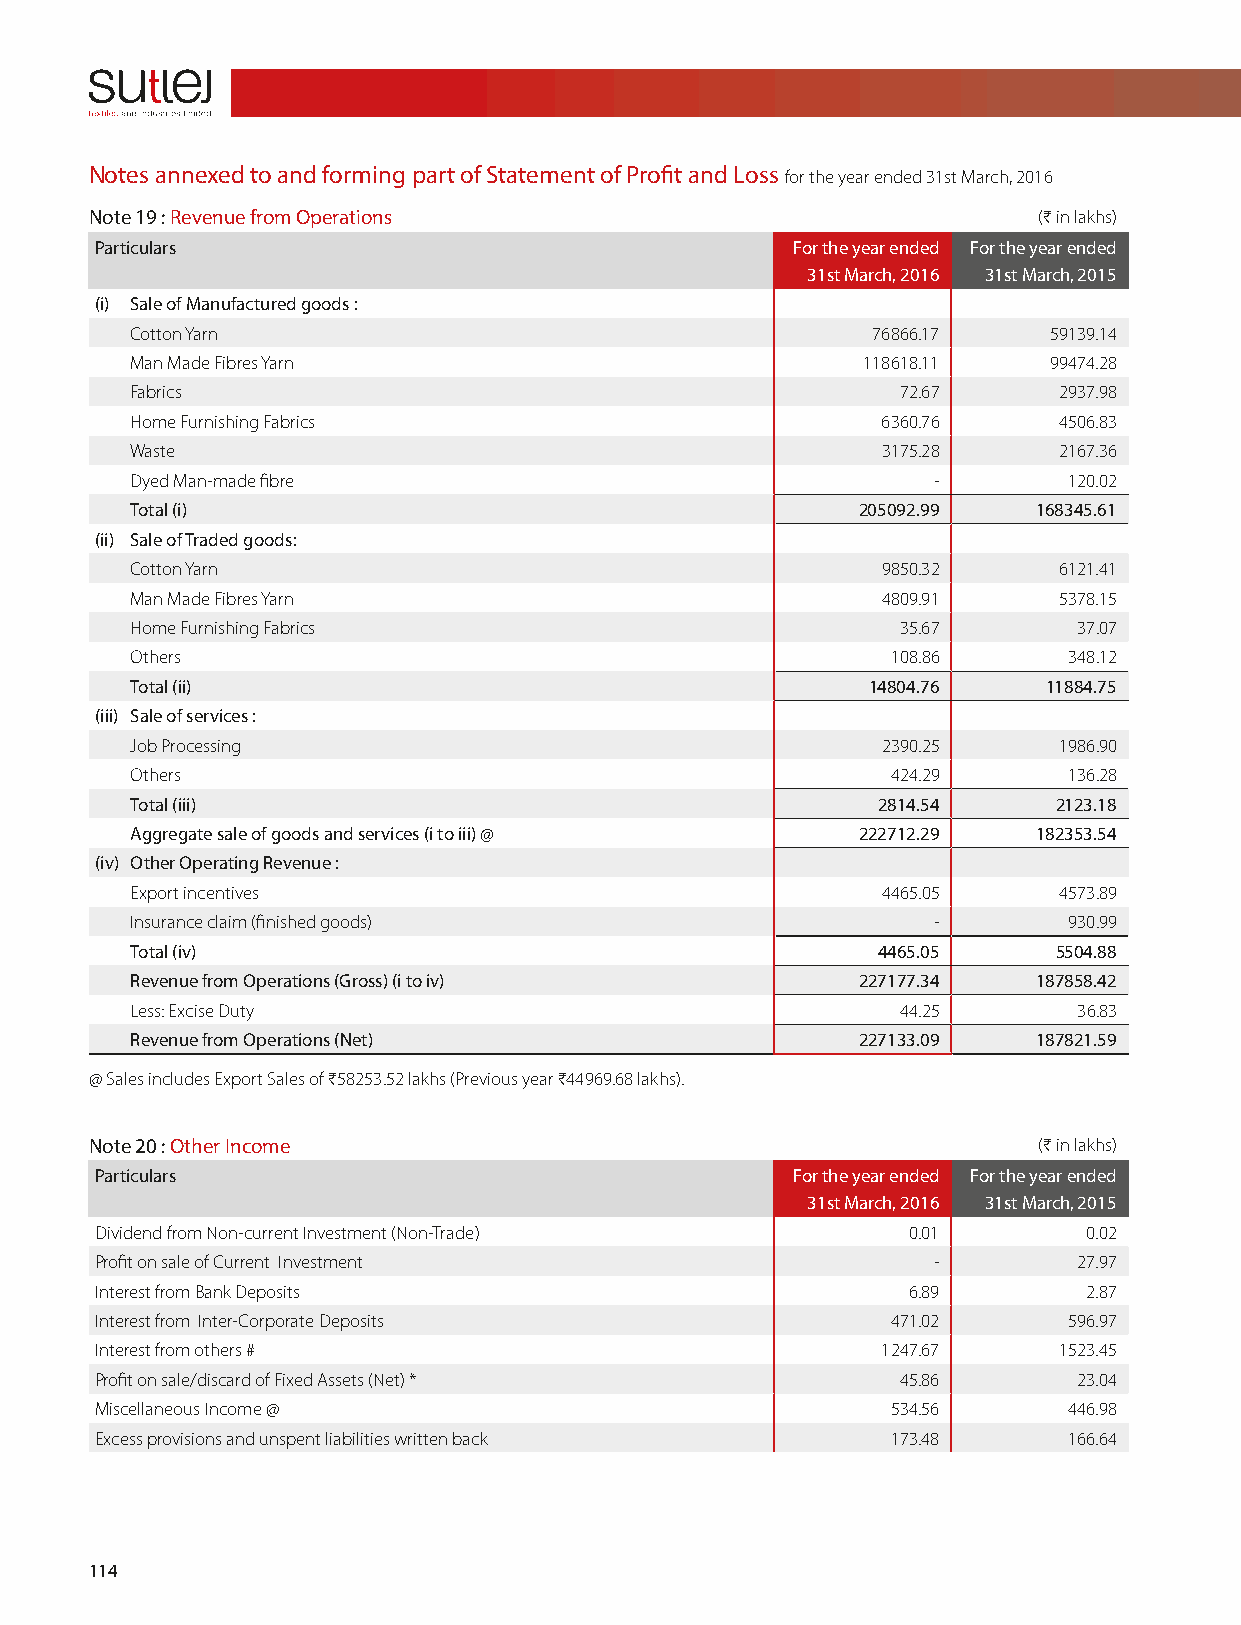
Notes annexed to and forming part of Statement of Profit and Loss for the year ended 31st March, 2016
 Note 19 : Revenue from Operations                              (H in lakhs)
 Particulars                                   For the year ended For the year ended
 31st March, 2016 31st March, 2015
 (i) Sale of Manufactured goods :
 Cotton Yarn                                      76866.17   59139.14
 Man Made Fibres Yarn                            118618.11   99474.28
 Fabrics                                            72.67     2937.98
 Home Furnishing Fabrics                          6360.76     4506.83
 Waste                                            3175.28     2167.36
 Dyed Man-made fibre                                  -        120.02
 Total (i)                                       205092.99   168345.61
 (ii) Sale of Traded goods:
 Cotton Yarn                                      9850.32     6121.41
 Man Made Fibres Yarn                             4809.91     5378.15
 Home Furnishing Fabrics                            35.67      37.07
 Others                                            108.86      348.12
 Total (ii)                                      14804.76    11884.75
 (iii) Sale of services :
 Job Processing                                   2390.25     1986.90
 Others                                            424.29      136.28
 Total (iii)                                      2814.54     2123.18
 Aggregate sale of goods and services (i to iii) @ 222712.29 182353.54
 (iv) Other Operating Revenue :
 Export incentives                                4465.05     4573.89
 Insurance claim (finished goods)                     -        930.99
 Total (iv)                                       4465.05     5504.88
 Revenue from Operations (Gross) (i to iv)       227177.34   187858.42
 Less: Excise Duty                                  44.25      36.83
 Revenue from Operations (Net)                   227133.09   187821.59
 @ Sales includes Export Sales of H58253.52 lakhs (Previous year H44969.68 lakhs).
 Note 20 : Other Income                                         (H in lakhs)
 Particulars                                   For the year ended For the year ended
 31st March, 2016 31st March, 2015
 Dividend from Non-current Investment (Non-Trade)      0.01        0.02
 Profit on sale of Current Investment                    -        27.97
 Interest from Bank Deposits                           6.89        2.87
 Interest from Inter-Corporate Deposits               471.02      596.97
 Interest from others #                              1247.67     1523.45
 Profit on sale/discard of Fixed Assets (Net) *        45.86      23.04
 Miscellaneous Income @                               534.56      446.98
 Excess provisions and unspent liabilities written back 173.48    166.64
 114